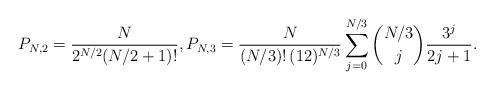
LaTeX: \begin{align*}P_{N,2}=\frac{N}{2^{N/2}(N/2+1)!},P_{N,3}=\frac{N}{(N/3)!\,(12)^{N/3}}\sum_{j=0}^{N/3}\binom{N/3}{j}\frac{3^j}{2j+1}.\end{align*}